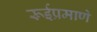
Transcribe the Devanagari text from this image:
रूईप्रमाणे